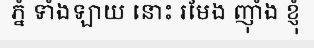
ភ្នំ ទាំងឡាយ នោះ រមែង ញ៉ាំង ខ្ញុំ